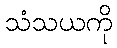
သံသယကို